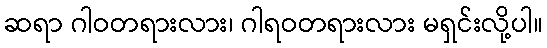
ဆရာ ဂါဝတရားလား၊ ဂါရဝတရားလား မရှင်းလို့ပါ။